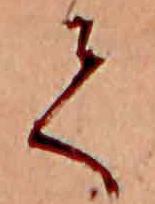
て